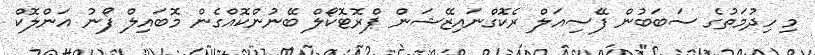
މި ހިދުމަތުގެ ސަބަބުން ފޭސިއަލް ރެކޮގްނައިޒޭޝަން ޕްރޮޓޮކޯލް ބޭނުންކޮއްގެން މޮބައިލް ފޯނު އަންލޮކް